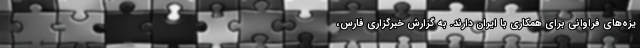
یزه‌های فراوانی برای همکاری با ایران دارند. به گزارش خبرگزاری فارس،